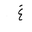
Letter: _gayn